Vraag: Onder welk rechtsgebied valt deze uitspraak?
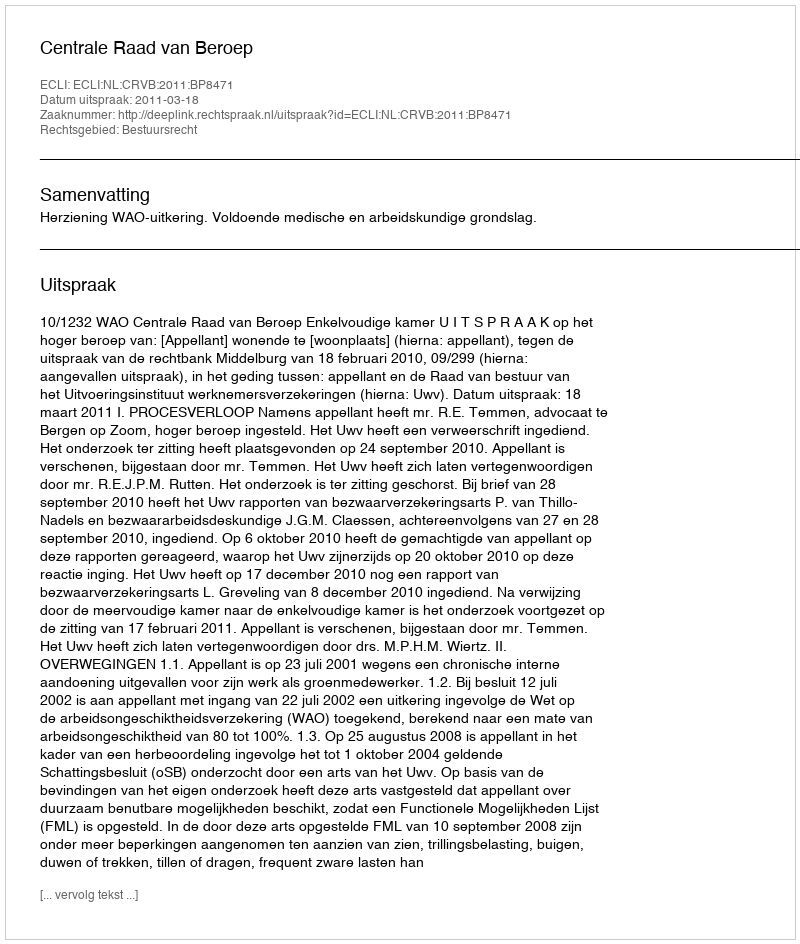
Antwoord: Bestuursrecht